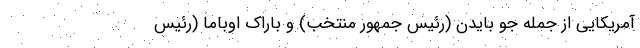
آمریکایی از جمله جو بایدن (رئیس جمهور منتخب) و باراک اوباما (رئیس